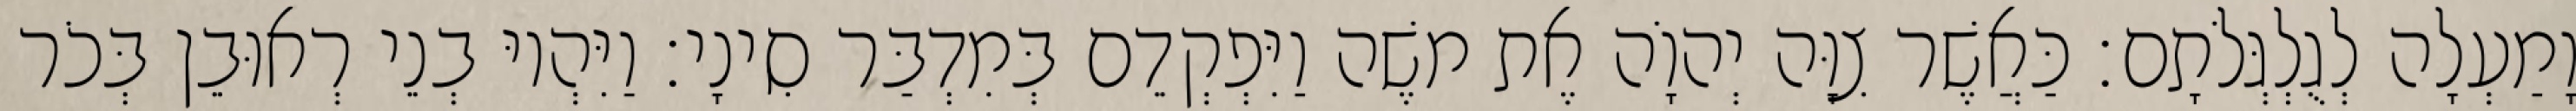
וָמַעְלָה לְגֻלְגְּלֹתָם׃ כַּאֲשֶׁר צִוָּה יְהוָֹה אֶת משֶׁה וַיִּפְקְדֵם בְּמִדְבַּר סִינָי׃ וַיִּהְיוּ בְנֵי רְאוּבֵן בְּכֹר